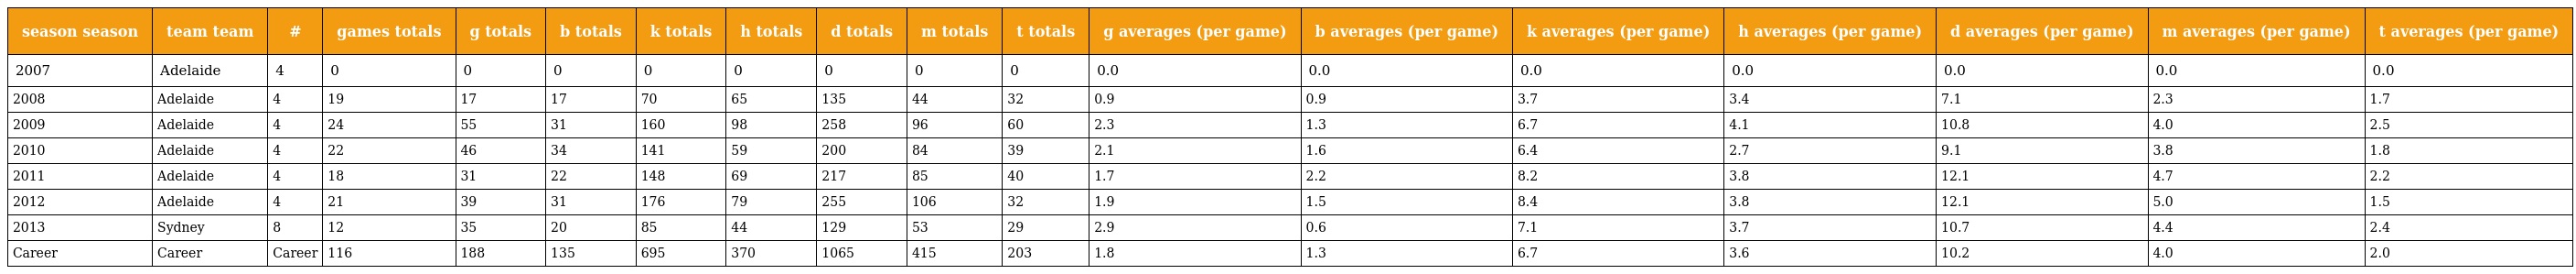
| season season | team team | # | games totals | g totals | b totals | k totals | h totals | d totals | m totals | t totals | g averages (per game) | b averages (per game) | k averages (per game) | h averages (per game) | d averages (per game) | m averages (per game) | t averages (per game) |
 | --- | --- | --- | --- | --- | --- | --- | --- | --- | --- | --- | --- | --- | --- | --- | --- | --- | --- |
 | 2007 | Adelaide | 4 | 0 | 0 | 0 | 0 | 0 | 0 | 0 | 0 | 0.0 | 0.0 | 0.0 | 0.0 | 0.0 | 0.0 | 0.0 |
 | 2008 | Adelaide | 4 | 19 | 17 | 17 | 70 | 65 | 135 | 44 | 32 | 0.9 | 0.9 | 3.7 | 3.4 | 7.1 | 2.3 | 1.7 |
 | 2009 | Adelaide | 4 | 24 | 55 | 31 | 160 | 98 | 258 | 96 | 60 | 2.3 | 1.3 | 6.7 | 4.1 | 10.8 | 4.0 | 2.5 |
 | 2010 | Adelaide | 4 | 22 | 46 | 34 | 141 | 59 | 200 | 84 | 39 | 2.1 | 1.6 | 6.4 | 2.7 | 9.1 | 3.8 | 1.8 |
 | 2011 | Adelaide | 4 | 18 | 31 | 22 | 148 | 69 | 217 | 85 | 40 | 1.7 | 2.2 | 8.2 | 3.8 | 12.1 | 4.7 | 2.2 |
 | 2012 | Adelaide | 4 | 21 | 39 | 31 | 176 | 79 | 255 | 106 | 32 | 1.9 | 1.5 | 8.4 | 3.8 | 12.1 | 5.0 | 1.5 |
 | 2013 | Sydney | 8 | 12 | 35 | 20 | 85 | 44 | 129 | 53 | 29 | 2.9 | 0.6 | 7.1 | 3.7 | 10.7 | 4.4 | 2.4 |
 | Career | Career | Career | 116 | 188 | 135 | 695 | 370 | 1065 | 415 | 203 | 1.8 | 1.3 | 6.7 | 3.6 | 10.2 | 4.0 | 2.0 |